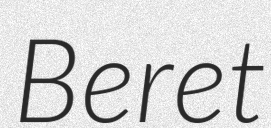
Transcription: Beret